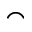
\frown